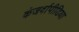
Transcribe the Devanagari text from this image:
कंजर्वापीडिया